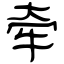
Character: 牵